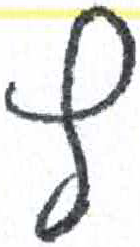
אות: ץ